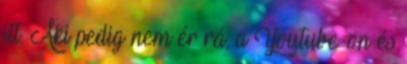
itt. Aki pedig nem ér rá, a Youtube-on és